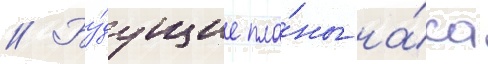
// Бу́дущие пла́ны на́са